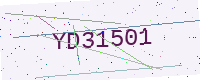
Text: YD31501